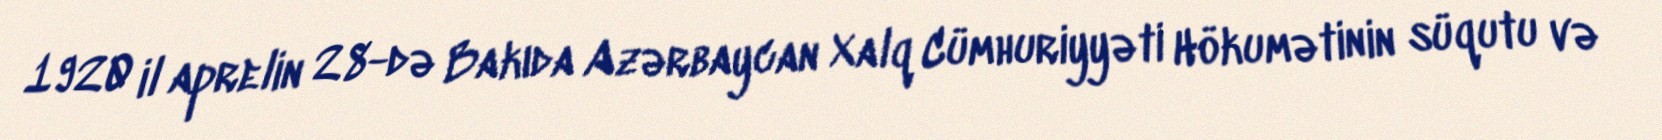
1920 il aprelin 28-də Bakıda Azərbaycan Xalq Cümhuriyyəti Hökumətinin süqutu və